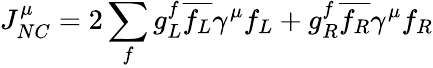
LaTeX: J_{NC}^{\mu}=2\sum_{f}g_{L}^{f}\overline{{f_{L}}}\gamma^{\mu}f_{L}+g_{R}^{f}\overline{{f_{R}}}\gamma^{\mu}f_{R}